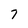
Character: 7